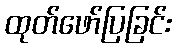
ထုတ်ဖော်ပြခြင်း